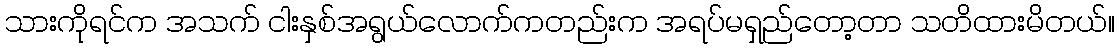
သားကိုရင်က အသက် ငါးနှစ်အရွယ်လောက်ကတည်းက အရပ်မရှည်တော့တာ သတိထားမိတယ်။